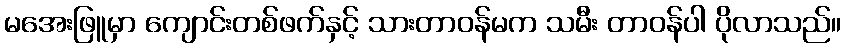
မအေးဖြူမှာ ကျောင်းတစ်ဖက်နှင့် သားတာဝန်မက သမီး တာဝန်ပါ ပိုလာသည်။